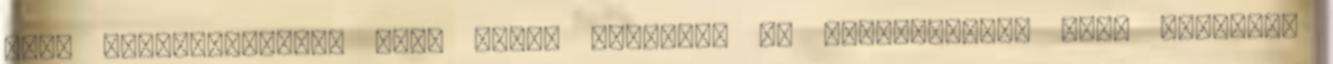
a­hol meglepetésemre több olyan ismerőst is felfedeztem, akik korábban